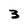
Character: 3